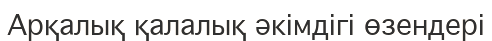
Арқалық қалалық әкімдігі өзендері